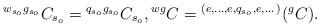
LaTeX: \begin{align*}{}^{w_{s_o}g_{s_o}}C_{s_o} = {}^{q_{s_o}g_{s_o}}C_{s_o}, {}^{wg}C = {}^{(e, \dots,e, q_{s_o}, e, \dots)}({}^gC).\end{align*}